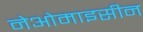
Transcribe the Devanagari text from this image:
नेओमाइसीन